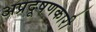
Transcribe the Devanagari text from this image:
अप्रदूषणकारी